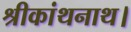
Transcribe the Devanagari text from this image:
श्रीकांथनाथ।